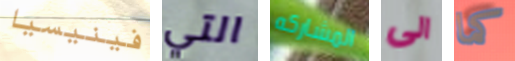
فينيسيا التي المشاركه الى كما